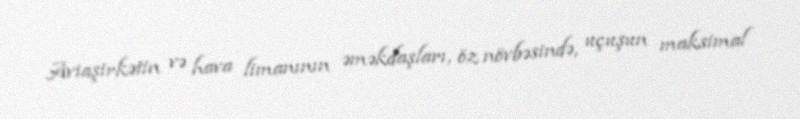
Aviaşirkətin və hava limanının əməkdaşları, öz növbəsində, uçuşun maksimal